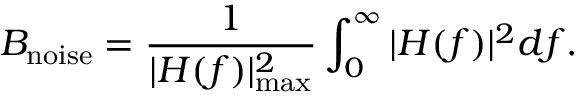
B _ { \mathrm { n o i s e } } = { \frac { 1 } { | H ( f ) | _ { \operatorname* { m a x } } ^ { 2 } } } \int _ { 0 } ^ { \infty } | H ( f ) | ^ { 2 } d f .